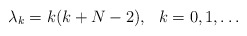
\begin{align*}\lambda_k=k(k+N-2),\ \ k=0,1, \ldots\end{align*}